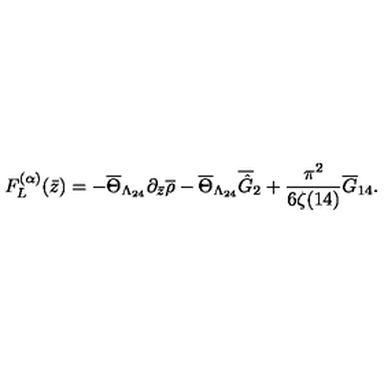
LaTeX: F _ { L } ^ { ( \alpha ) } ( \bar { z } ) = - \overline { { \Theta } } _ { \Lambda _ { 2 4 } } \partial _ { \bar { z } } \overline { { \rho } } - \overline { { \Theta } } _ { \Lambda _ { 2 4 } } \overline { { \hat { G } } } _ { 2 } + \frac { \pi ^ { 2 } } { 6 \zeta ( 1 4 ) } \overline { { G } } _ { 1 4 } .